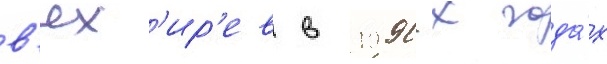
в'ях'ир'ев в 1990-х года́х